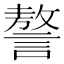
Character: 謷